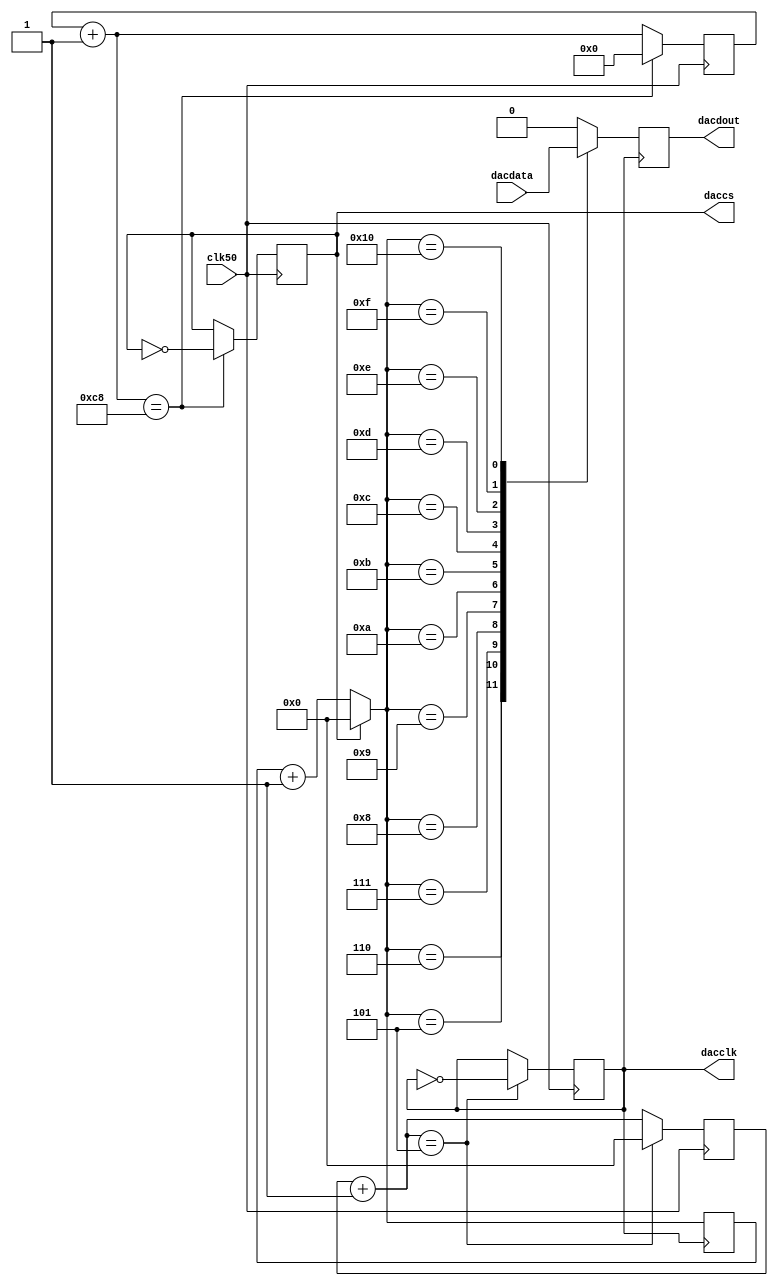
module dac7513 (clk50,dacclk,daccs,dacdout,dacdata);
input clk50;
input [11:0]dacdata;
output dacclk,daccs,dacdout;
reg clk1m,clk25k;
reg[4:0]cnt;
reg[9:0]cnt1;
reg[4:0]cnt2;
reg dacdout;

assign dacclk=clk1m;
assign daccs=clk25k;
always@(posedge clk50)
begin 
cnt=cnt+1;
if(cnt==5)
  begin
  clk1m=~clk1m;
  cnt=0;
  end
end


always@(posedge clk50)
 begin
 cnt1=cnt1+1;
if (cnt1==200)
	begin
	clk25k=~clk25k;
	cnt1=0;
	end
end

always@(negedge clk1m)
begin
	if(!clk25k) cnt2=cnt2+1;else cnt2=0;
	case (cnt2)
	5:dacdout=dacdata[11];
	6:dacdout=dacdata[10];
	7:dacdout=dacdata[9];
	8:dacdout=dacdata[8];
	9:dacdout=dacdata[7];
	10:dacdout=dacdata[6];
	11:dacdout=dacdata[5];
	12:dacdout=dacdata[4];
	13:dacdout=dacdata[3];
	14:dacdout=dacdata[2];
	15:dacdout=dacdata[1];
	16:dacdout=dacdata[0];
	default dacdout=0;
	endcase
end
endmodule